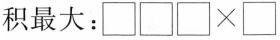
积最大：□□□\times □